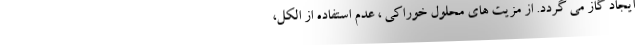
ایجاد گاز می گردد. از مزیت های محلول خوراکی ، عدم استفاده از الکل،